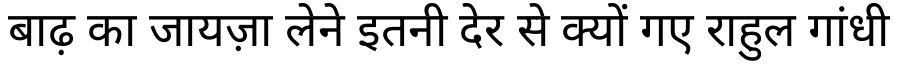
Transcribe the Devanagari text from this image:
बाढ़ का जायज़ा लेने इतनी देर से क्यों गए राहुल गांधी